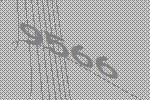
9566